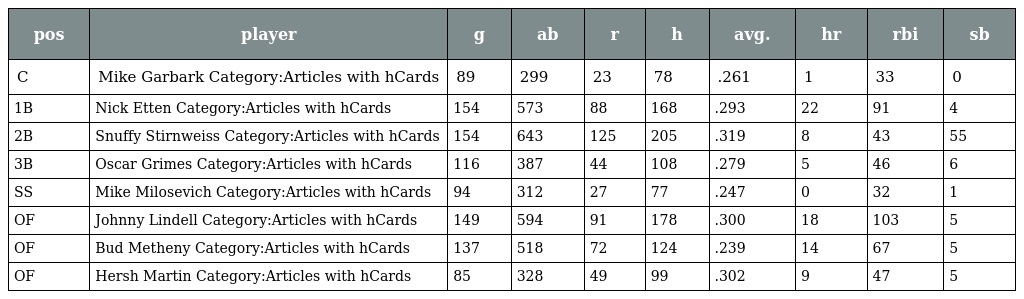
| pos | player | g | ab | r | h | avg. | hr | rbi | sb |
 | --- | --- | --- | --- | --- | --- | --- | --- | --- | --- |
 | C | Mike Garbark Category:Articles with hCards | 89 | 299 | 23 | 78 | .261 | 1 | 33 | 0 |
 | 1B | Nick Etten Category:Articles with hCards | 154 | 573 | 88 | 168 | .293 | 22 | 91 | 4 |
 | 2B | Snuffy Stirnweiss Category:Articles with hCards | 154 | 643 | 125 | 205 | .319 | 8 | 43 | 55 |
 | 3B | Oscar Grimes Category:Articles with hCards | 116 | 387 | 44 | 108 | .279 | 5 | 46 | 6 |
 | SS | Mike Milosevich Category:Articles with hCards | 94 | 312 | 27 | 77 | .247 | 0 | 32 | 1 |
 | OF | Johnny Lindell Category:Articles with hCards | 149 | 594 | 91 | 178 | .300 | 18 | 103 | 5 |
 | OF | Bud Metheny Category:Articles with hCards | 137 | 518 | 72 | 124 | .239 | 14 | 67 | 5 |
 | OF | Hersh Martin Category:Articles with hCards | 85 | 328 | 49 | 99 | .302 | 9 | 47 | 5 |